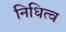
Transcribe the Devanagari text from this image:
निधित्व